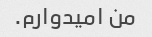
من امیدوارم.